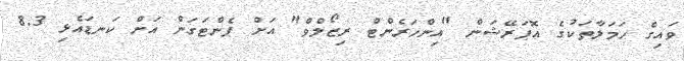
ވައިގެ ހަމަލާތަކުގެ އޮޕަރޭޝަން "އިންހަރެންޓް ރިޒޯލްވް" އަށް ޕެންޓަގަން އަށް ކަނޑައެޅި 8.3